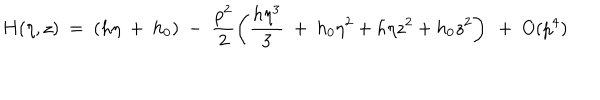
H ( \eta , z ) ~ = ~ ( h \eta ~ + ~ h _ { 0 } ) ~ - ~ \frac { p ^ { 2 } } { 2 } \left( \frac { h \eta ^ { 3 } } { 3 } ~ + ~ h _ { 0 } \eta ^ { 2 } + h \eta z ^ { 2 } + h _ { 0 } z ^ { 2 } \right) ~ + ~ O ( p ^ { 4 } )